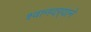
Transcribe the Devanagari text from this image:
श्वानदर्‍याने